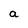
Character: a